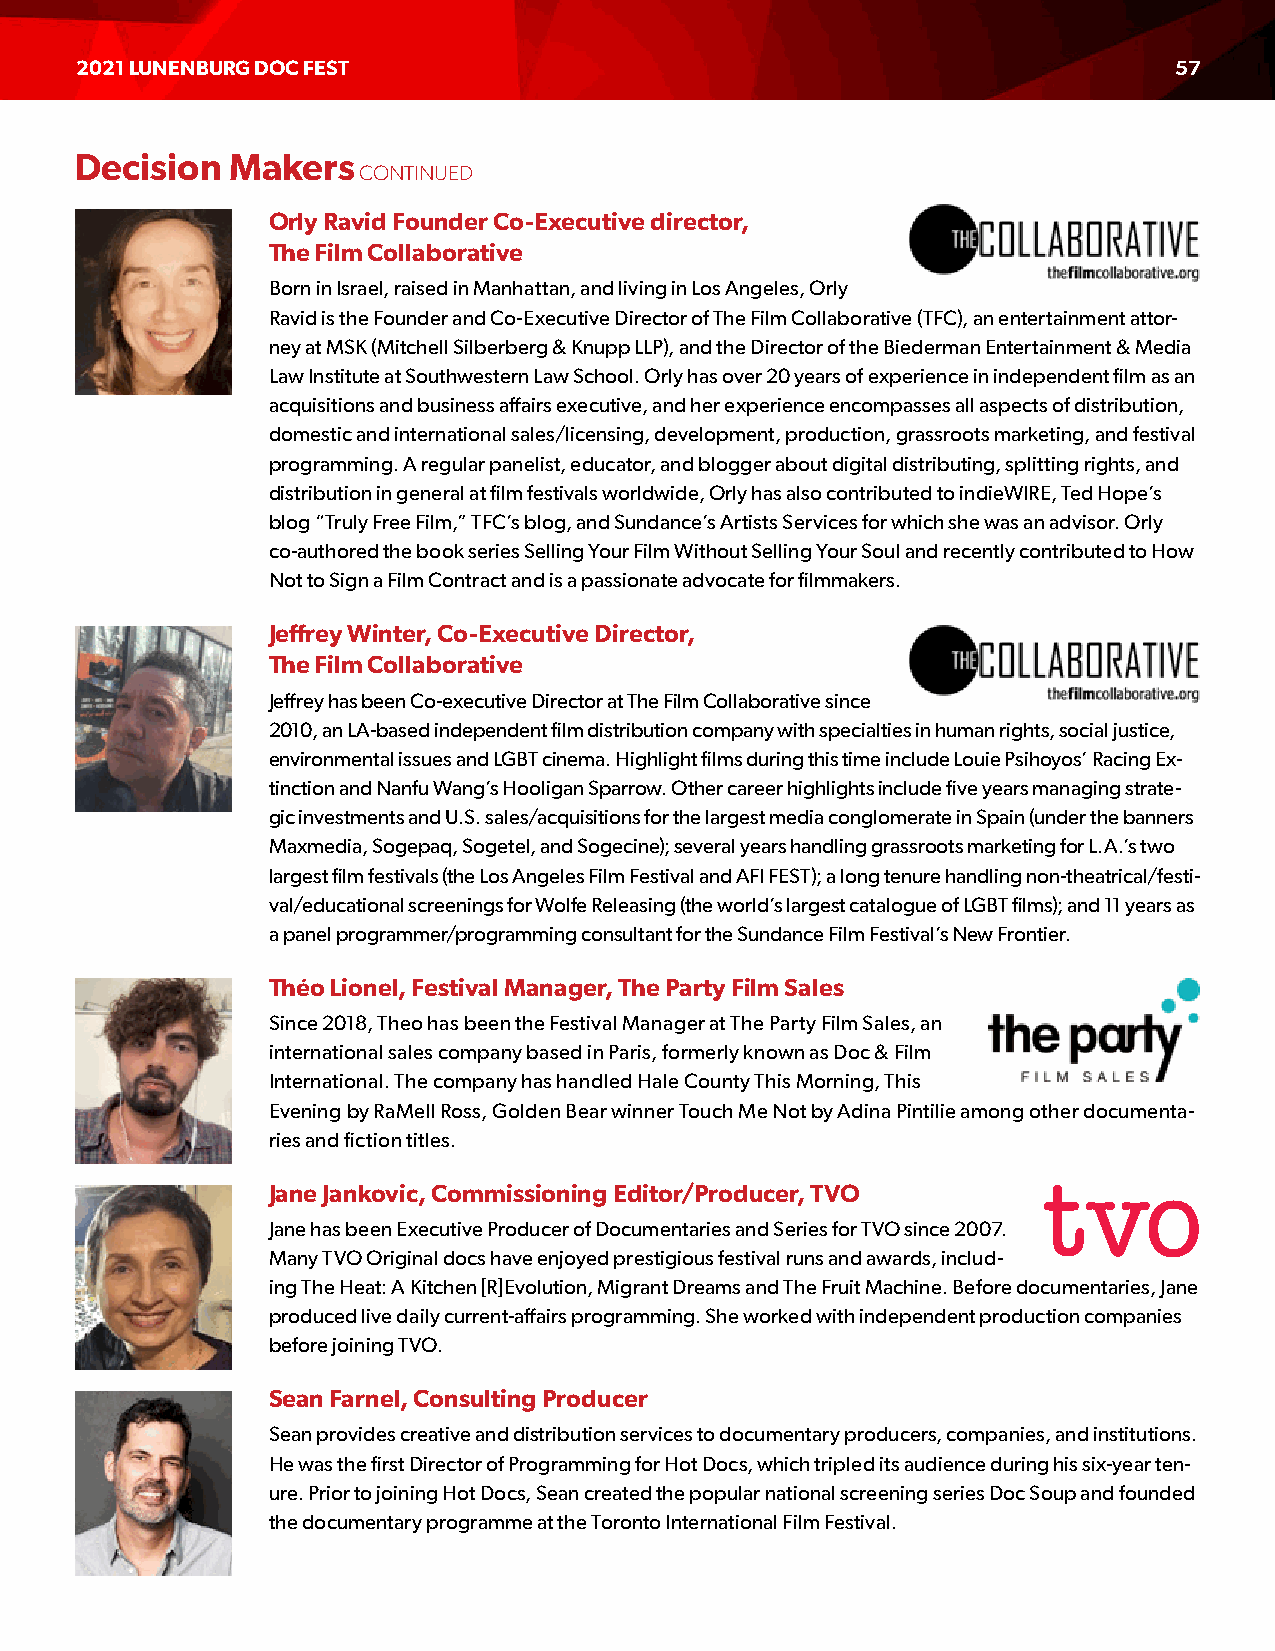
2021 LUNENBURG DOC FEST                                                  57
 Decision  Makers
 CONTINUED
 Orly Ravid Founder Co-Executive director,
 The Film Collaborative
 Born in Israel, raised in Manhattan, and living in Los Angeles, Orly
 Ravid is the Founder and Co-Executive Director of The Film Collaborative (TFC), an entertainment attor-
 ney at MSK (Mitchell Silberberg & Knupp LLP), and the Director of the Biederman Entertainment & Media
 Law Institute at Southwestern Law School. Orly has over 20 years of experience in independent film as an
 acquisitions and business affairs executive, and her experience encompasses all aspects of distribution,
 domestic and international sales/licensing, development, production, grassroots marketing, and festival
 programming. A regular panelist, educator, and blogger about digital distributing, splitting rights, and
 distribution in general at film festivals worldwide, Orly has also contributed to indieWIRE, Ted Hope’s
 blog “Truly Free Film,” TFC’s blog, and Sundance’s Artists Services for which she was an advisor. Orly
 co-authored the book series Selling Your Film Without Selling Your Soul and recently contributed to How
 Not to Sign a Film Contract and is a passionate advocate for filmmakers.
 Jeffrey Winter, Co-Executive Director,
 The Film Collaborative
 Jeffrey has been Co-executive Director at The Film Collaborative since
 2010, an LA-based independent film distribution company with specialties in human rights, social justice,
 environmental issues and LGBT cinema. Highlight films during this time include Louie Psihoyos’ Racing Ex-
 tinction and Nanfu Wang’s Hooligan Sparrow. Other career highlights include five years managing strate-
 gic investments and U.S. sales/acquisitions for the largest media conglomerate in Spain (under the banners
 Maxmedia, Sogepaq, Sogetel, and Sogecine); several years handling grassroots marketing for L.A.’s two
 largest film festivals (the Los Angeles Film Festival and AFI FEST); a long tenure handling non-theatrical/festi-
 val/educational screenings for Wolfe Releasing (the world’s largest catalogue of LGBT films); and 11 years as
 a panel programmer/programming consultant for the Sundance Film Festival’s New Frontier.
 Théo Lionel, Festival Manager, The Party Film Sales
 Since 2018, Theo has been the Festival Manager at The Party Film Sales, an
 international sales company based in Paris, formerly known as Doc & Film
 International. The company has handled Hale County This Morning, This
 Evening by RaMell Ross, Golden Bear winner Touch Me Not by Adina Pintilie among other documenta-
 ries and fiction titles.
 Jane Jankovic, Commissioning Editor/Producer, TVO
 Jane has been Executive Producer of Documentaries and Series for TVO since 2007.
 Many TVO Original docs have enjoyed prestigious festival runs and awards, includ-
 ing The Heat: A Kitchen [R]Evolution, Migrant Dreams and The Fruit Machine. Before documentaries, Jane
 produced live daily current-affairs programming. She worked with independent production companies
 before joining TVO.
 Sean Farnel, Consulting Producer
 Sean provides creative and distribution services to documentary producers, companies, and institutions.
 He was the first Director of Programming for Hot Docs, which tripled its audience during his six-year ten-
 ure. Prior to joining Hot Docs, Sean created the popular national screening series Doc Soup and founded
 the documentary programme at the Toronto International Film Festival.